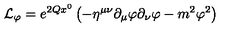
{ \cal L } _ { \varphi } = e ^ { 2 Q x ^ { 0 } } \left( - \eta ^ { \mu \nu } \partial _ { \mu } \varphi \partial _ { \nu } \varphi - m ^ { 2 } \varphi ^ { 2 } \right)